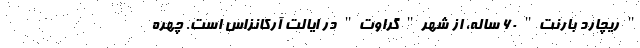
" ریچارد بارنت" 60 ساله، از شهر" گراوت" در ایالت آرکانزاس است. چهره